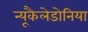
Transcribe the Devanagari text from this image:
न्यूकैलेडोनिया